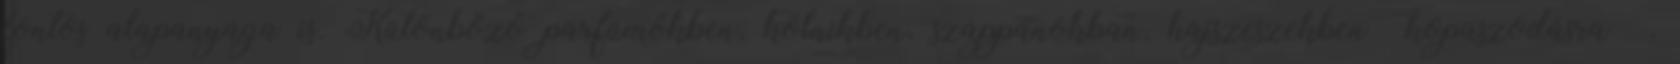
fontos alapanyaga is. Különböző parfümökben, kölnikben, szappanokban, hajszeszekben kopaszodásra ,